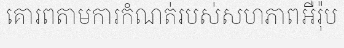
គោរពតាមការកំណត់របស់សហភាពអឺរ៉ុប